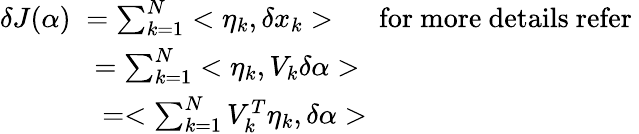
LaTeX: \begin{array}{l}{\delta J(\alpha)\; =\sum_{k=1}^{N}<\eta_{k},\delta x_{k}>\; \; \; \mathrm{\; ~for~more~details~refer~}}\\ {\; \; \; \; \; \; \; \; \; \; \; \; =\sum_{k=1}^{N}<\eta_{k},V_{k}\delta\alpha>}\\ {\; \; \; \; \; \; \; \; \; \; \; \; \; =<\sum_{k=1}^{N}V_{k}^{T}\eta_{k},\delta\alpha>}\end{array}